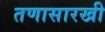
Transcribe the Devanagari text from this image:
तणासारखी